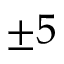
\pm 5